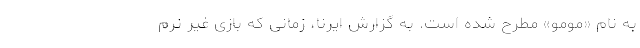
به نام «مومو» مطرح شده است. به گزارش ایرنا، زمانی که بازی غیر نرم